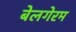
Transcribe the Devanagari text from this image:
बेलगेरम